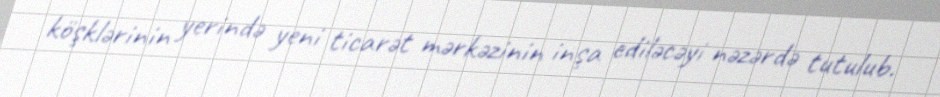
köşklərinin yerində yeni ticarət mərkəzinin inşa ediləcəyi nəzərdə tutulub.